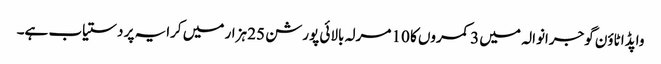
واپڈا ٹاؤن گوجرانوالہ میں 3 کمروں کا 10 مرلہ بالائی پورشن 25 ہزار میں کرایہ پر دستیاب ہے۔